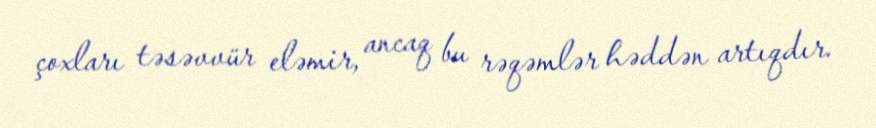
çoxları təsəvvür eləmir, ancaq bu rəqəmlər həddən artıqdır.